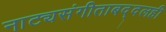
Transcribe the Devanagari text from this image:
नाट्यसंगीताबद्दलही